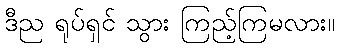
ဒီည ရုပ်ရှင် သွား ကြည့်ကြမလား။